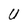
Character: U